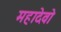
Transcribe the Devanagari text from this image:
महादेवो